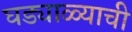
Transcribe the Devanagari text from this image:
घड्याळ्याची